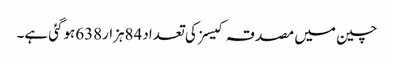
چین میں مصدقہ کیسز کی تعداد84ہزار638ہوگئی ہے۔